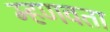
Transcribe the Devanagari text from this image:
म्हणवता